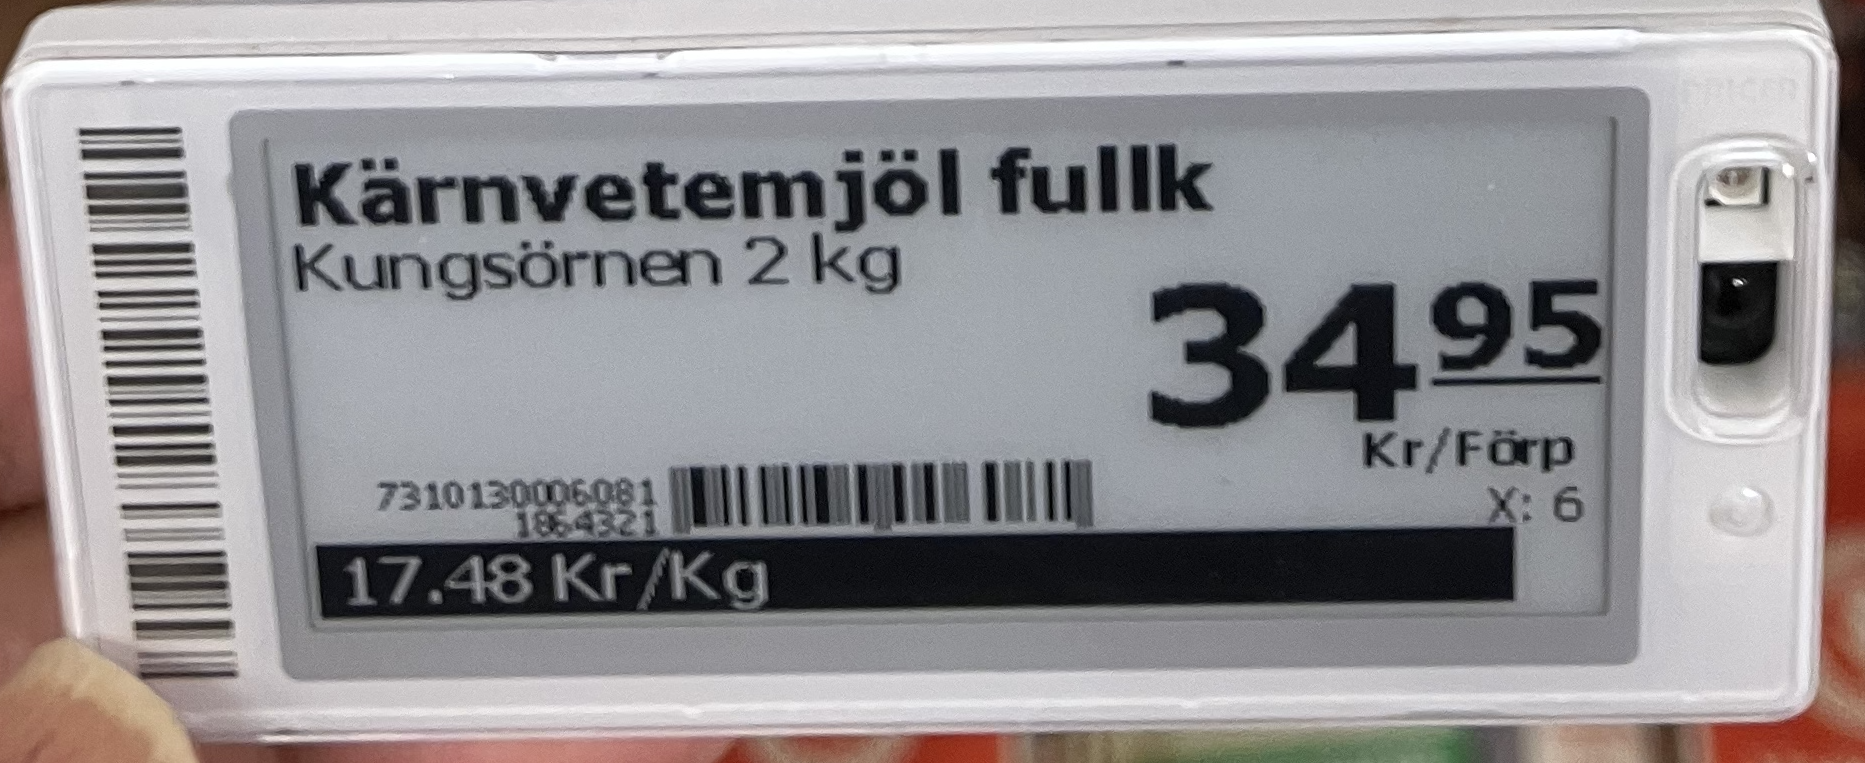
Vara: Kärnvetemjöl fullk
Genomsnittspris: 17.48 per kg